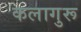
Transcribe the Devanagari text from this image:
कलागुरू